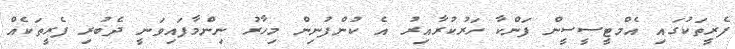
ފެރީތަކުގައި އެމްޓީސީސީން ފަންކާ ހަރުކުރާއިރު އެ ކުންފުނިން މިހާރު ނިންމާފައިވަނީ ދެބުރި ފެރީތަކެއް